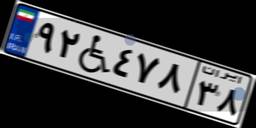
۹۲W۴۷۸۳۸